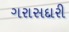
ગરાસદારી